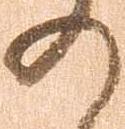
の